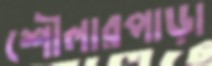
শৌলারপাড়া